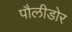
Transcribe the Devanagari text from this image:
पौलीडोर